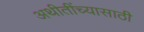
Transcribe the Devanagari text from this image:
अथीतींच्यासाठी